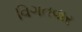
વિગતવાર